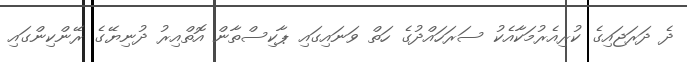
ދެ ދަރަޖައިގެ ކުރިއެރުމަކާއެކު ސަރަހައްދުގެ ހަތް ވަނައިގައި ޕާކިސްތާން އޮތްއިރު ދުނިޔޭގެ ރޭންކިންގައި